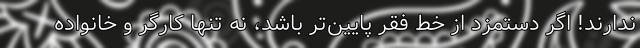
ندارند! اگر دستمزد از خط فقر پایین‌تر باشد، نه تنها کارگر و خانواده